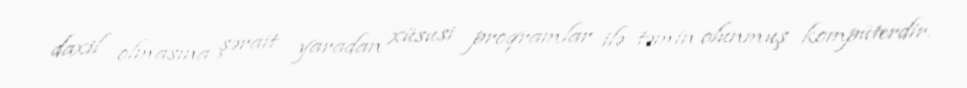
daxil olmasına şərait yaradan xüsusi proqramlar ilə təmin olunmuş kompüterdir.